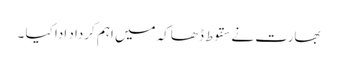
بھارت نے سقوط ڈھاکہ میں اہم کرداد ادا کیا ۔